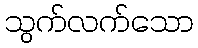
သွက်လက်သော